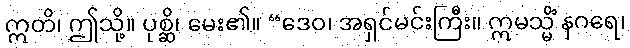
ဣတိ၊ ဤသို့။ ပုစ္ဆိ၊ မေး၏။ “ဒေဝ၊ အရှင်မင်းကြီး။ ဣမသ္မိံ နဂရေ၊